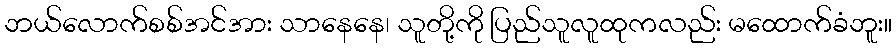
ဘယ်လောက်စစ်အင်အား သာနေနေ၊ သူတို့ကို ပြည်သူလူထုကလည်း မထောက်ခံဘူး။